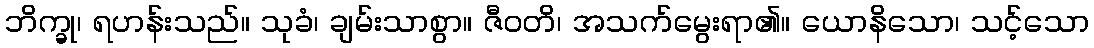
ဘိက္ခု၊ ရဟန်းသည်။ သုခံ၊ ချမ်းသာစွာ။ ဇီဝတိ၊ အသက်မွေးရာ၏။ ယောနိသော၊ သင့်သော